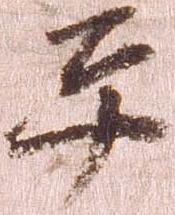
平